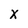
Character: x